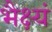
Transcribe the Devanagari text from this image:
भैक्ष्यं